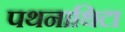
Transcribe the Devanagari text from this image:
पथनाथिटा